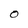
Character: O